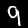
Label: 9